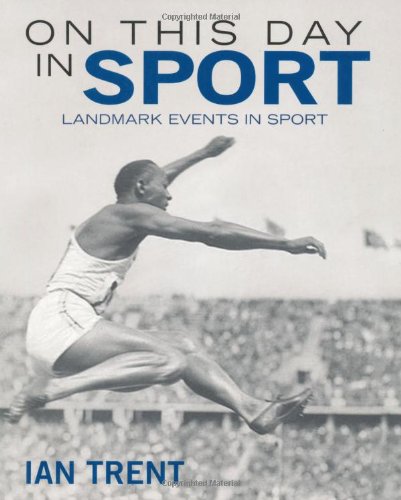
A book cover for On this Day in Sport: Landmark Events in Sport; Ian Trent; Health, Fitness & Dieting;